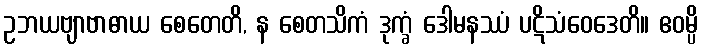
ဥဘယဗျာဗာဓာယ စေတေတိ, န စေတသိကံ ဒုက္ခံ ဒေါမနဿံ ပဋိသံဝေဒေတိ။ ဧဝမ္ပိ